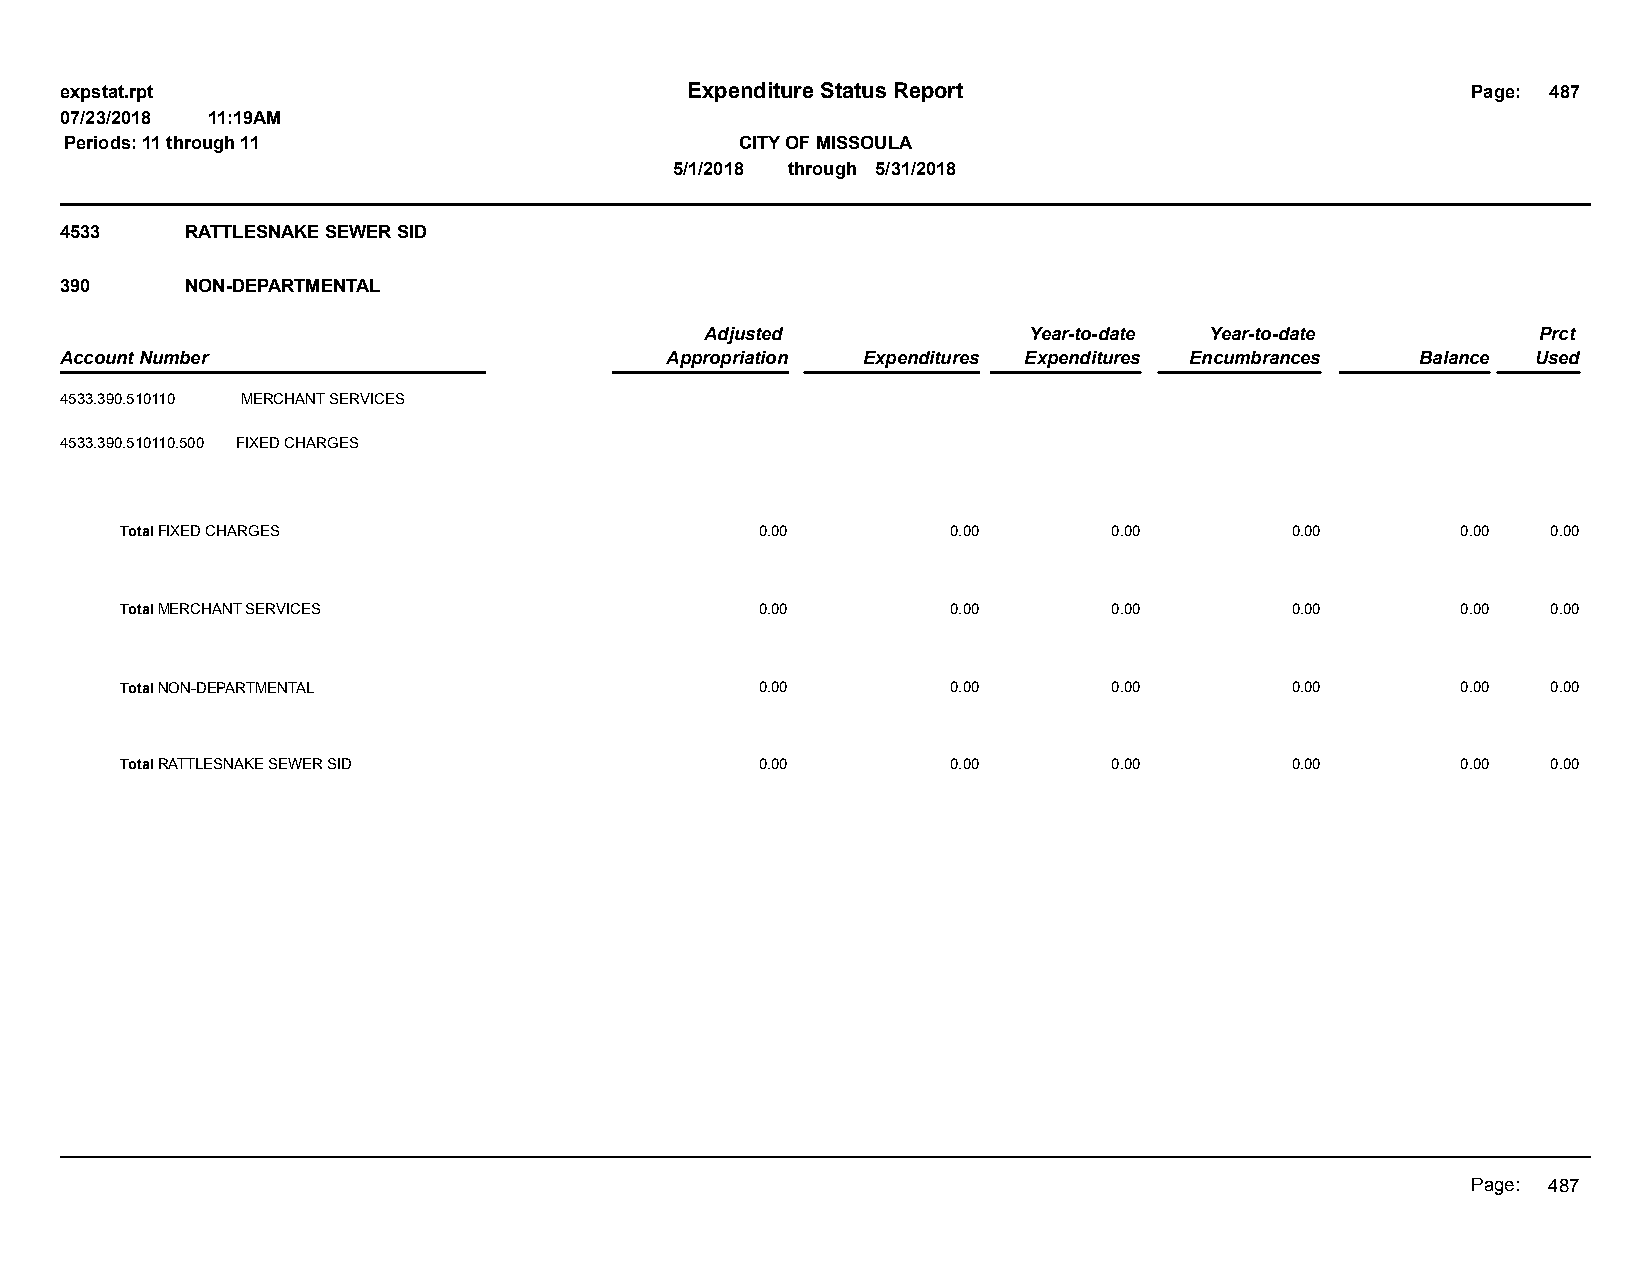
expstat.rpt                              Expenditure Status Report                           Page: 487
 07/23/2018 11:19AM
 Periods: 11 through 11                       CITY OF MISSOULA
 5/1/2018 through 5/31/2018
 4533    RATTLESNAKE SEWER SID
 390     NON-DEPARTMENTAL
 Adjusted             Year-to-date Year-to-date         Prct
 Account Number                          Appropriation Expenditures Expenditures Encumbrances Balance Used
 4533.390.510110 MERCHANT SERVICES
 4533.390.510110.500 FIXED CHARGES
 Total FIXED CHARGES                       0.00         0.00       0.00       0.00        0.00  0.00
 Total MERCHANT SERVICES                   0.00         0.00       0.00       0.00        0.00  0.00
 Total NON-DEPARTMENTAL                    0.00         0.00       0.00       0.00        0.00  0.00
 Total RATTLESNAKE SEWER SID               0.00         0.00       0.00       0.00        0.00  0.00
 Page: 487